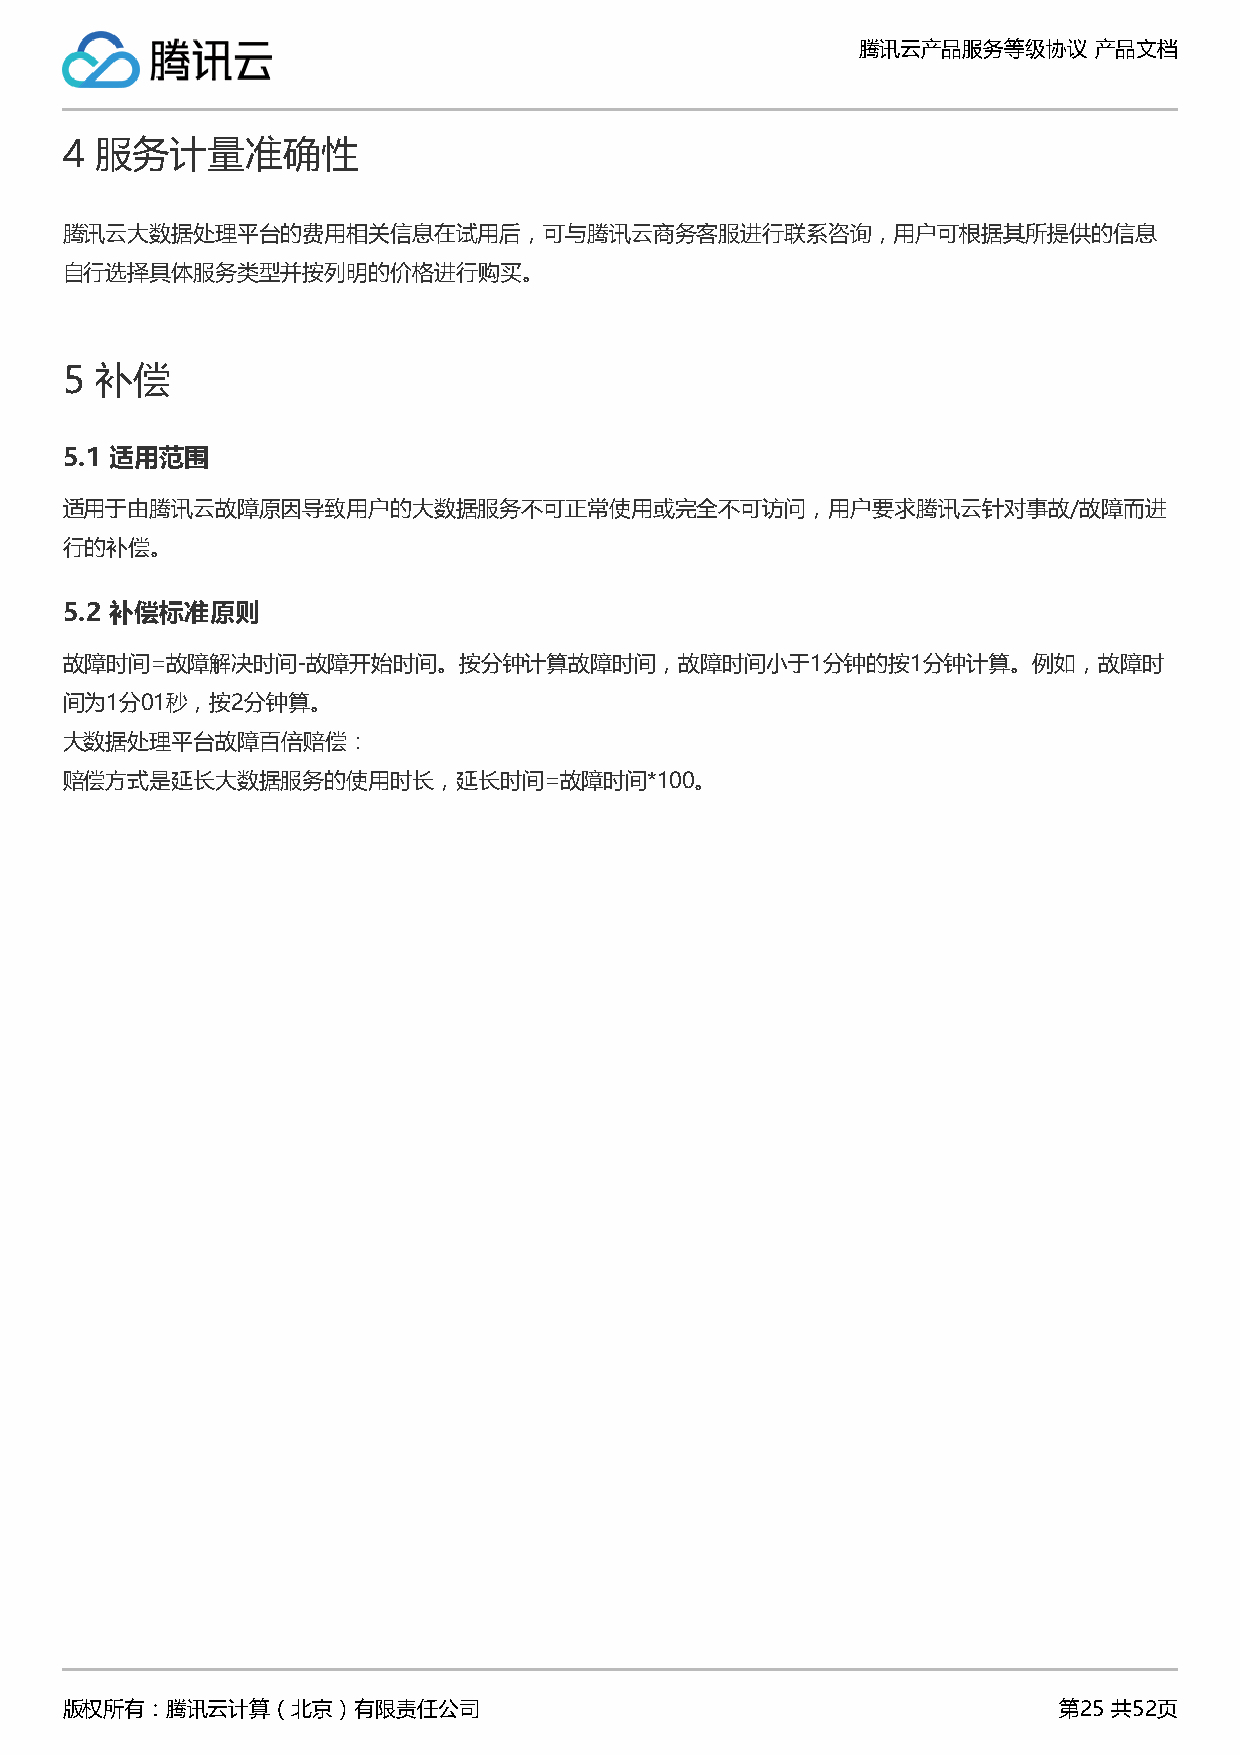
腾讯云产品服务等级协议    产品文档
 4 服务计量准确性
 腾讯云大数据处理平台的费用相关信息在试用后，可与腾讯云商务客服进行联系咨询，用户可根据其所提供的信息
 自行选择具体服务类型并按列明的价格进行购买。
 5 补偿
 5.1 适用范围
 适用于由腾讯云故障原因导致用户的大数据服务不可正常使用或完全不可访问，用户要求腾讯云针对事故/故障而进
 行的补偿。
 5.2 补偿标准原则
 故障时间=故障解决时间-故障开始时间。按分钟计算故障时间，故障时间小于1分钟的按1分钟计算。例如，故障时
 间为1分01秒，按2分钟算。
 大数据处理平台故障百倍赔偿：
 赔偿方式是延长大数据服务的使用时长，延长时间=故障时间*100。
 版权所有：腾讯云计算（北京）有限责任公司                                              第25 共52页